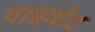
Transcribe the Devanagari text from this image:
पाइवोट